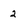
Character: 2